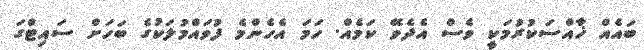
ބައެއް ޚާއްސަކުރުމަކީ ވެސް އެދެވޭ ކަމެއް. ހަމަ އެހެންމެ ފުވައްމުލަކުގެ ބަހަށް ސައިޓްގަ